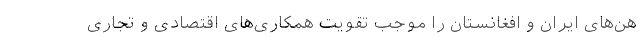
هن‌های ایران و افغانستان را موجب تقویت همکاری‌های اقتصادی و تجاری